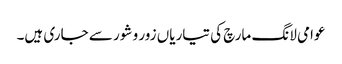
عوامی لانگ مارچ کی تیاریاں زور و شور سے جاری ہیں۔